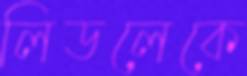
লিডলেকে